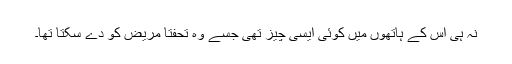
نہ ہی اس کے ہاتھوں میں کوئی ایسی چیز تھی جسے وہ تحفتاً مریض کو دے سکتا تھا۔